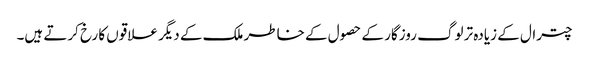
چترال کے زیادہ تر لوگ روزگار کے حصول کے خاطر ملک کے دیگر علاقوں کا رخ کرتے ہیں۔